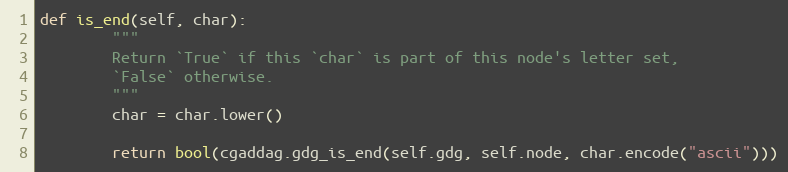
Language: Python
def is_end(self, char):
        """
        Return `True` if this `char` is part of this node's letter set,
        `False` otherwise.
        """
        char = char.lower()

        return bool(cgaddag.gdg_is_end(self.gdg, self.node, char.encode("ascii")))